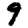
Digit: 9